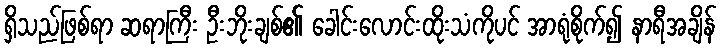
ရှိသည်ဖြစ်ရာ ဆရာကြီး ဦးဘိုးချစ်၏ ခေါင်းလောင်းထိုးသံကိုပင် အာရုံစိုက်၍ နာရီအချိန်